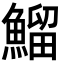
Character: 鰡